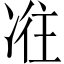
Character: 𠗤